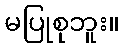
မပြုစုဘူး။